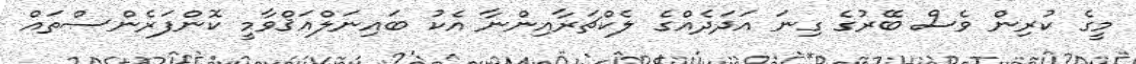
މީގެ ކުރިން ވެސް ބޭރުގެ ގިނަ އަދަދެއްގެ ލެކްޗަރާއިންނާ އެކު ބައިނަލްއަޤްވާމީ ކޮންފަރެންސްތައް